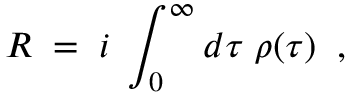
R \; = \; i \; \int _ { 0 } ^ { \infty } d \tau \; \rho ( \tau ) \; \; ,